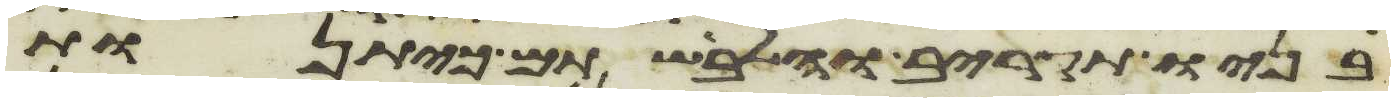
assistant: בניו תקריב והלבשתם כיתנות